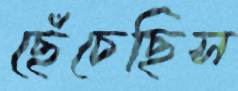
ছেঁচেছিস